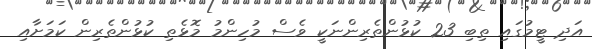
އަދި ޓީމުގައި ތިބި 23 ކުޅުންތެރިންނަކީ ވެސް މުހިންމު މޮޅެތި ކުޅުންތެރިން ކަމަށާއި